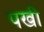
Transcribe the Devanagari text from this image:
पखी